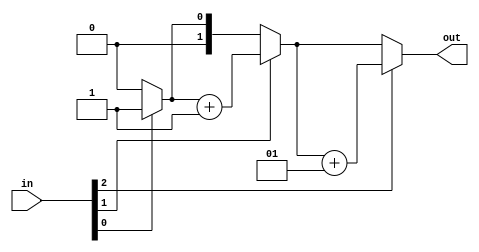
module top_module( 
    input [2:0] in,
    output [1:0] out );

    integer j, out_temp;
    always @ (*) begin
        out_temp = 0;
        for (j=0;j<3;j=j+1)
            if (in[j]&1'b1)
                out_temp = out_temp + 1;
        out = out_temp;
    end

endmodule